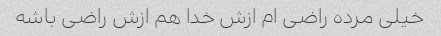
خیلی مرده راضی ام ازش خدا هم ازش راضی باشه